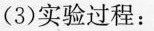
(3)实验过程：